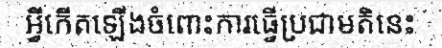
អ្វីកើតឡើងចំពោះការធ្វើប្រជាមតិនេះ